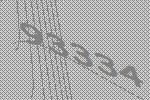
93334